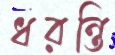
ধরন্তি